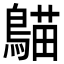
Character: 𪃞